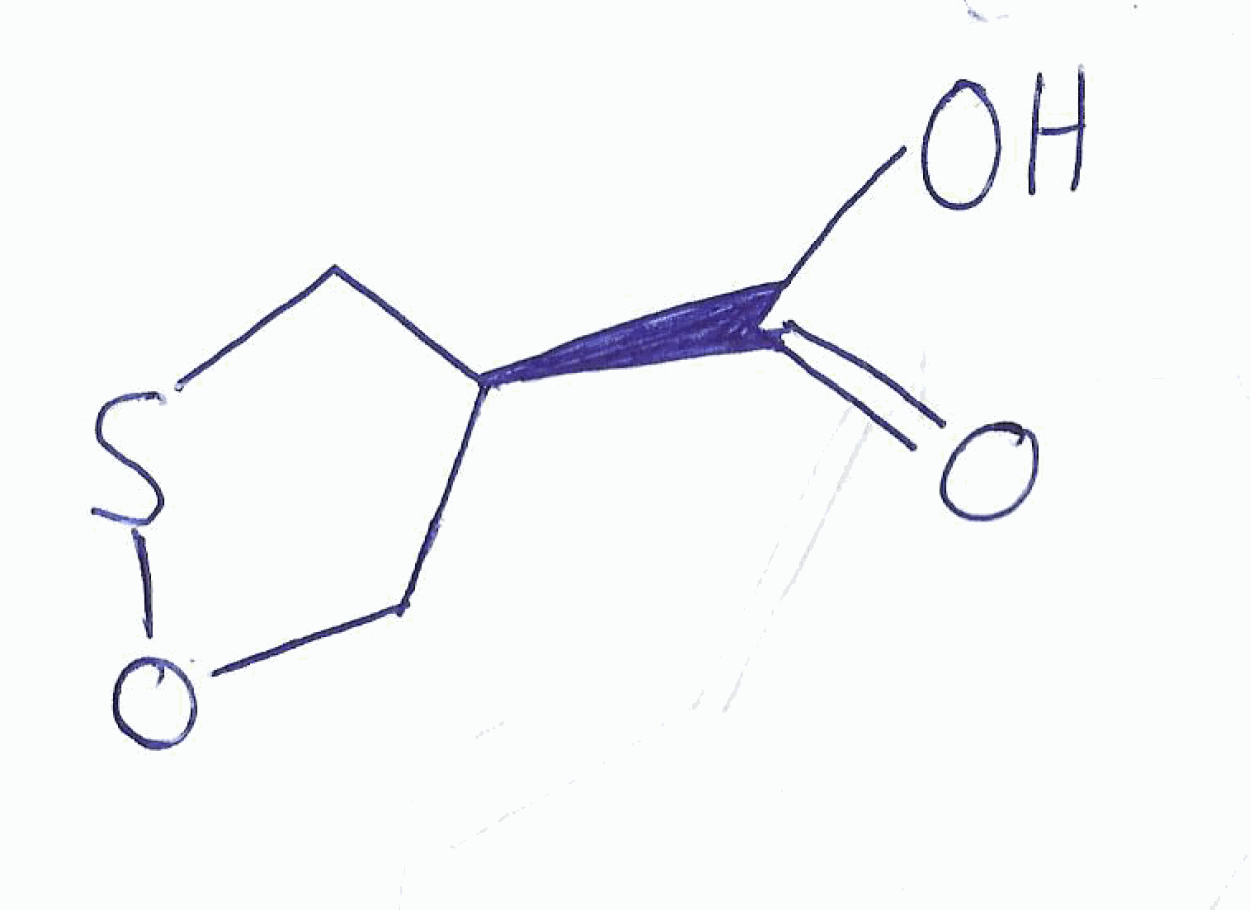
Simplified molecular-input line-entry system (SMILES) notation of the given molecule:
C1[C@@H](CSO1)C(=O)O